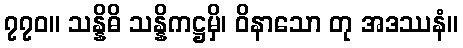
၇၇၀။ သန္နိဓိ သန္နိကဋ္ဌမှိ၊ ဝိနာသော တု အဒဿနံ။